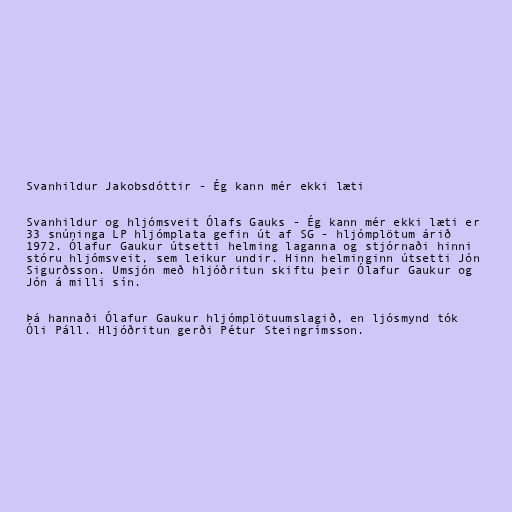
Svanhildur Jakobsdóttir - Ég kann mér ekki læti

Svanhildur og hljómsveit Ólafs Gauks - Ég kann mér ekki læti er
33 snúninga LP hljómplata gefin út af SG - hljómplötum árið
1972. Ólafur Gaukur útsetti helming laganna og stjórnaði hinni
stóru hljómsveit, sem leikur undir. Hinn helminginn útsetti Jón
Sigurðsson. Umsjón með hljóðritun skiftu þeir Ólafur Gaukur og
Jón á milli sín.

Þá hannaði Ólafur Gaukur hljómplötuumslagið, en ljósmynd tók
Óli Páll. Hljóðritun gerði Pétur Steingrímsson.